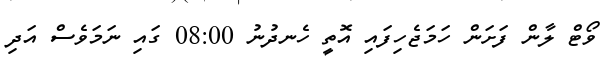
ވޯޓް ލާން ފަށަން ހަމަޖެހިފައި އޮތީ ހެނދުނު 08:00 ގައި ނަމަވެސް އަދި